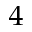
_ 4